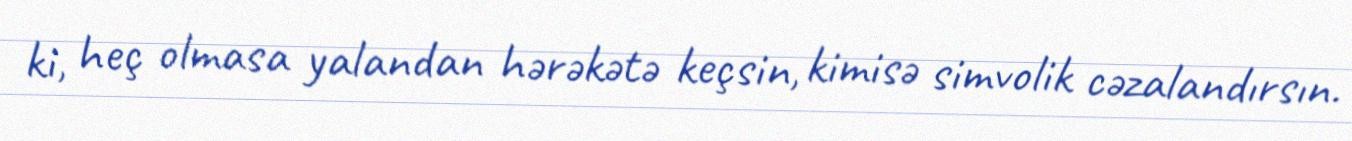
ki, heç olmasa yalandan hərəkətə keçsin, kimisə simvolik cəzalandırsın.